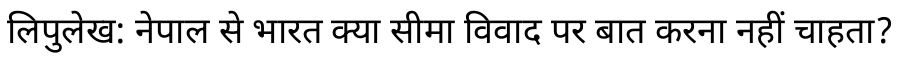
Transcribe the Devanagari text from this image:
लिपुलेख: नेपाल से भारत क्या सीमा विवाद पर बात करना नहीं चाहता?